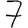
Digit: 7